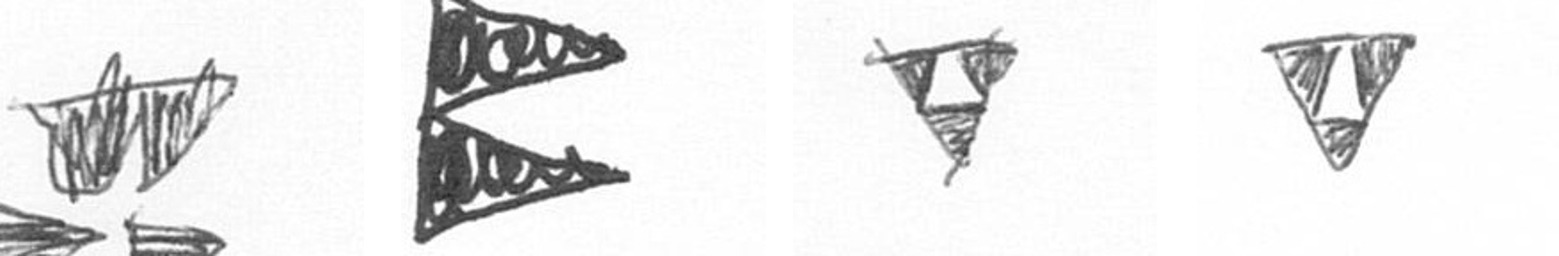
B P S S